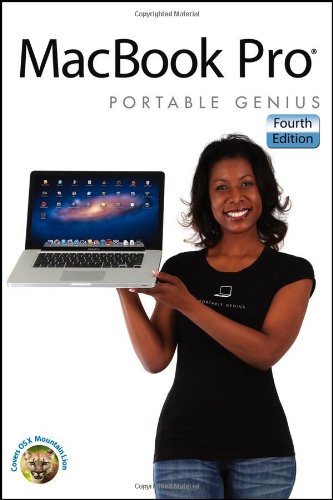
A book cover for MacBook Pro Portable Genius; Brad Miser; Computers & Technology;